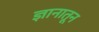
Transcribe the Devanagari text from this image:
ज्ञानातून